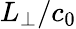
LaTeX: L_{\perp}/c_{0}